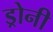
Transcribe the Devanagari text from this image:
ड्रोनी